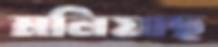
মলিয়াছ